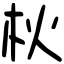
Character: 𣏹